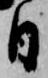
日